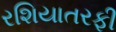
રશિયાતરફી